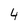
Character: 4